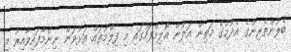
ބެލުންތެރިންގެ އެދުމުގެ މަތިން އަލުން އޮލިމްފަހުގައި މި ފިލްމުތައް އަޅުވަން ނިންމާފައިވާއިރު މި